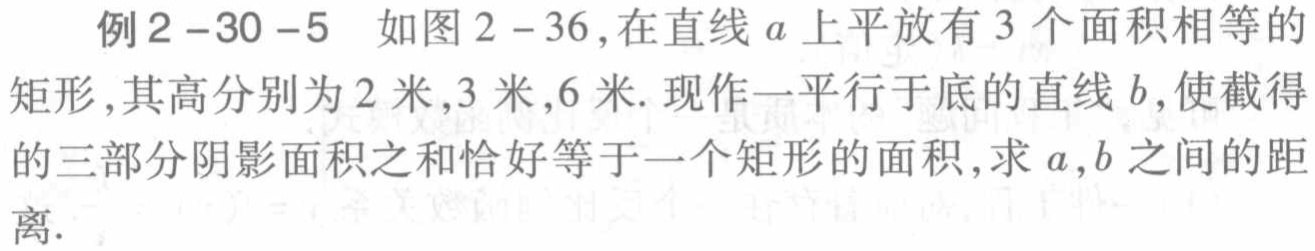
例2 -30 -5 如图2 -36,在直线\(a\)上平放有3个面积相等的矩形,其高分别为2米,3米,6米. 现作一平行于底的直线\(b\),使截得的三部分阴影面积之和恰好等于一个矩形的面积,求\(a,b\)之间的距离.